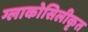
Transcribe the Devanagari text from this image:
ग्लाकोसिलीकृत